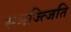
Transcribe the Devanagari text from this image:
समज्त्जिति